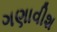
ગણાવીશ